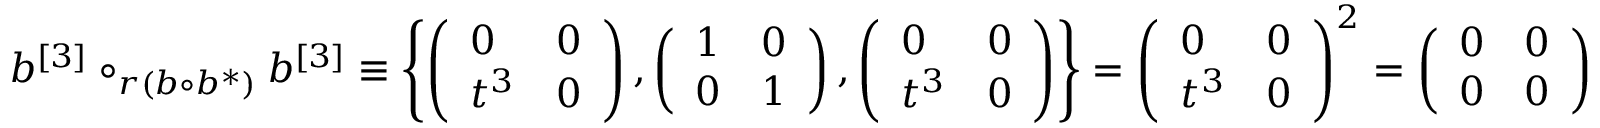
b ^ { [ 3 ] } \circ _ { r ( b \circ b ^ { * } ) } b ^ { [ 3 ] } \equiv \left\{ \left( \begin{array} { l l } { 0 } & { 0 } \\ { t ^ { 3 } } & { 0 } \end{array} \right) , \left( \begin{array} { l l } { 1 } & { 0 } \\ { 0 } & { 1 } \end{array} \right) , \left( \begin{array} { l l } { 0 } & { 0 } \\ { t ^ { 3 } } & { 0 } \end{array} \right) \right\} = \left( \begin{array} { l l } { 0 } & { 0 } \\ { t ^ { 3 } } & { 0 } \end{array} \right) ^ { 2 } = \left( \begin{array} { l l } { 0 } & { 0 } \\ { 0 } & { 0 } \end{array} \right)